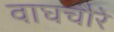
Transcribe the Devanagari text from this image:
वाघचौरे